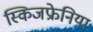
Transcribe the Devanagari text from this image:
स्किजफ्रेनिया